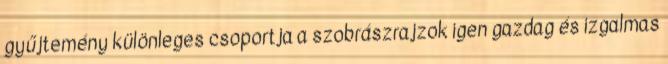
gyűjtemény különleges csoportja a szobrászrajzok igen gazdag és izgalmas